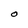
Character: O